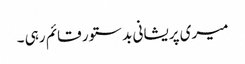
میری پریشانی بد ستور قائم رہی ۔